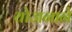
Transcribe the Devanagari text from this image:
योजनाने